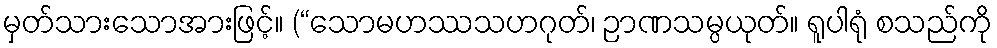
မှတ်သားသောအားဖြင့်။ (“သောမဟဿသဟဂုတ်၊ ဉာဏသမ္ပယုတ်။ ရူပါရုံ စသည်ကို